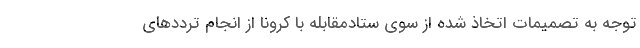
توجه به تصمیمات اتخاذ شده از سوی ستادمقابله با کرونا از انجام ترددهای